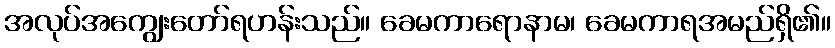
အလုပ်အကျွေးတော်ရဟန်းသည်။ ခေမကာရောနာမ၊ ခေမကာရအမည်ရှိ၏။